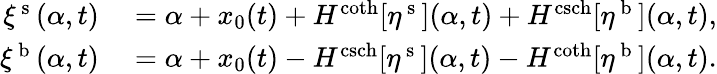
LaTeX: \begin{array}{rl}{\xi^{\mathrm{~s~}}(\alpha,t)}&{{}=\alpha+x_{0}(t)+H^{\coth}[\eta^{\mathrm{~s~}}](\alpha,t)+H^{\operatorname{csch}}[\eta^{\mathrm{~b~}}](\alpha,t),}\\ {\xi^{\mathrm{~b~}}(\alpha,t)}&{{}=\alpha+x_{0}(t)-H^{\operatorname{csch}}[\eta^{\mathrm{~s~}}](\alpha,t)-H^{\coth}[\eta^{\mathrm{~b~}}](\alpha,t).}\end{array}